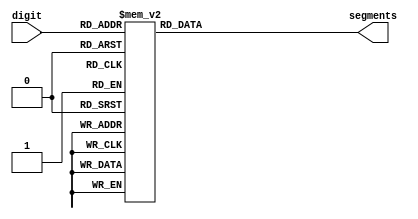
// hextoSevenSegDis
module seven_segment_display(
  input[3:0] digit,
  output reg [6:0] segments
);

  always @(digit) begin
    case (digit)
      4'b0000: segments = 7'b1000000;
      4'b0001: segments = 7'b1111001;
      4'b0010: segments = 7'b0100100;
      4'b0011: segments = 7'b0110000;
      4'b0100: segments = 7'b0011001;
      4'b0101: segments = 7'b0010010;
      4'b0110: segments = 7'b0000010;
      4'b0111: segments = 7'b1111000;
      4'b1000: segments = 7'b0000000;
      4'b1001: segments = 7'b0010000;
      4'b1010: segments = 7'b0001000;
      4'b1011: segments = 7'b0000011;
      4'b1100: segments = 7'b1000110;
      4'b1101: segments = 7'b0100001;
      4'b1110: segments = 7'b0000110;
		4'b1111: segments = 7'b0001110;
      
    endcase
  end

endmodule